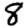
Digit: 8